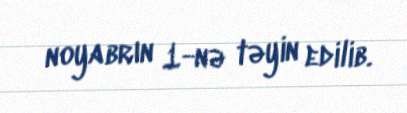
noyabrın 1-nə təyin edilib.